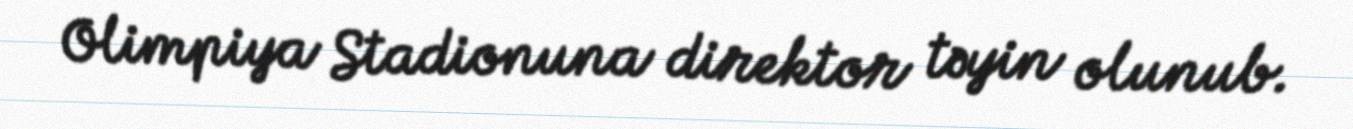
Olimpiya Stadionuna direktor təyin olunub.